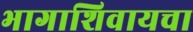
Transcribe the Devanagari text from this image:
भागाशिवायचा